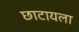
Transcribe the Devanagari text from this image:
छाटायला